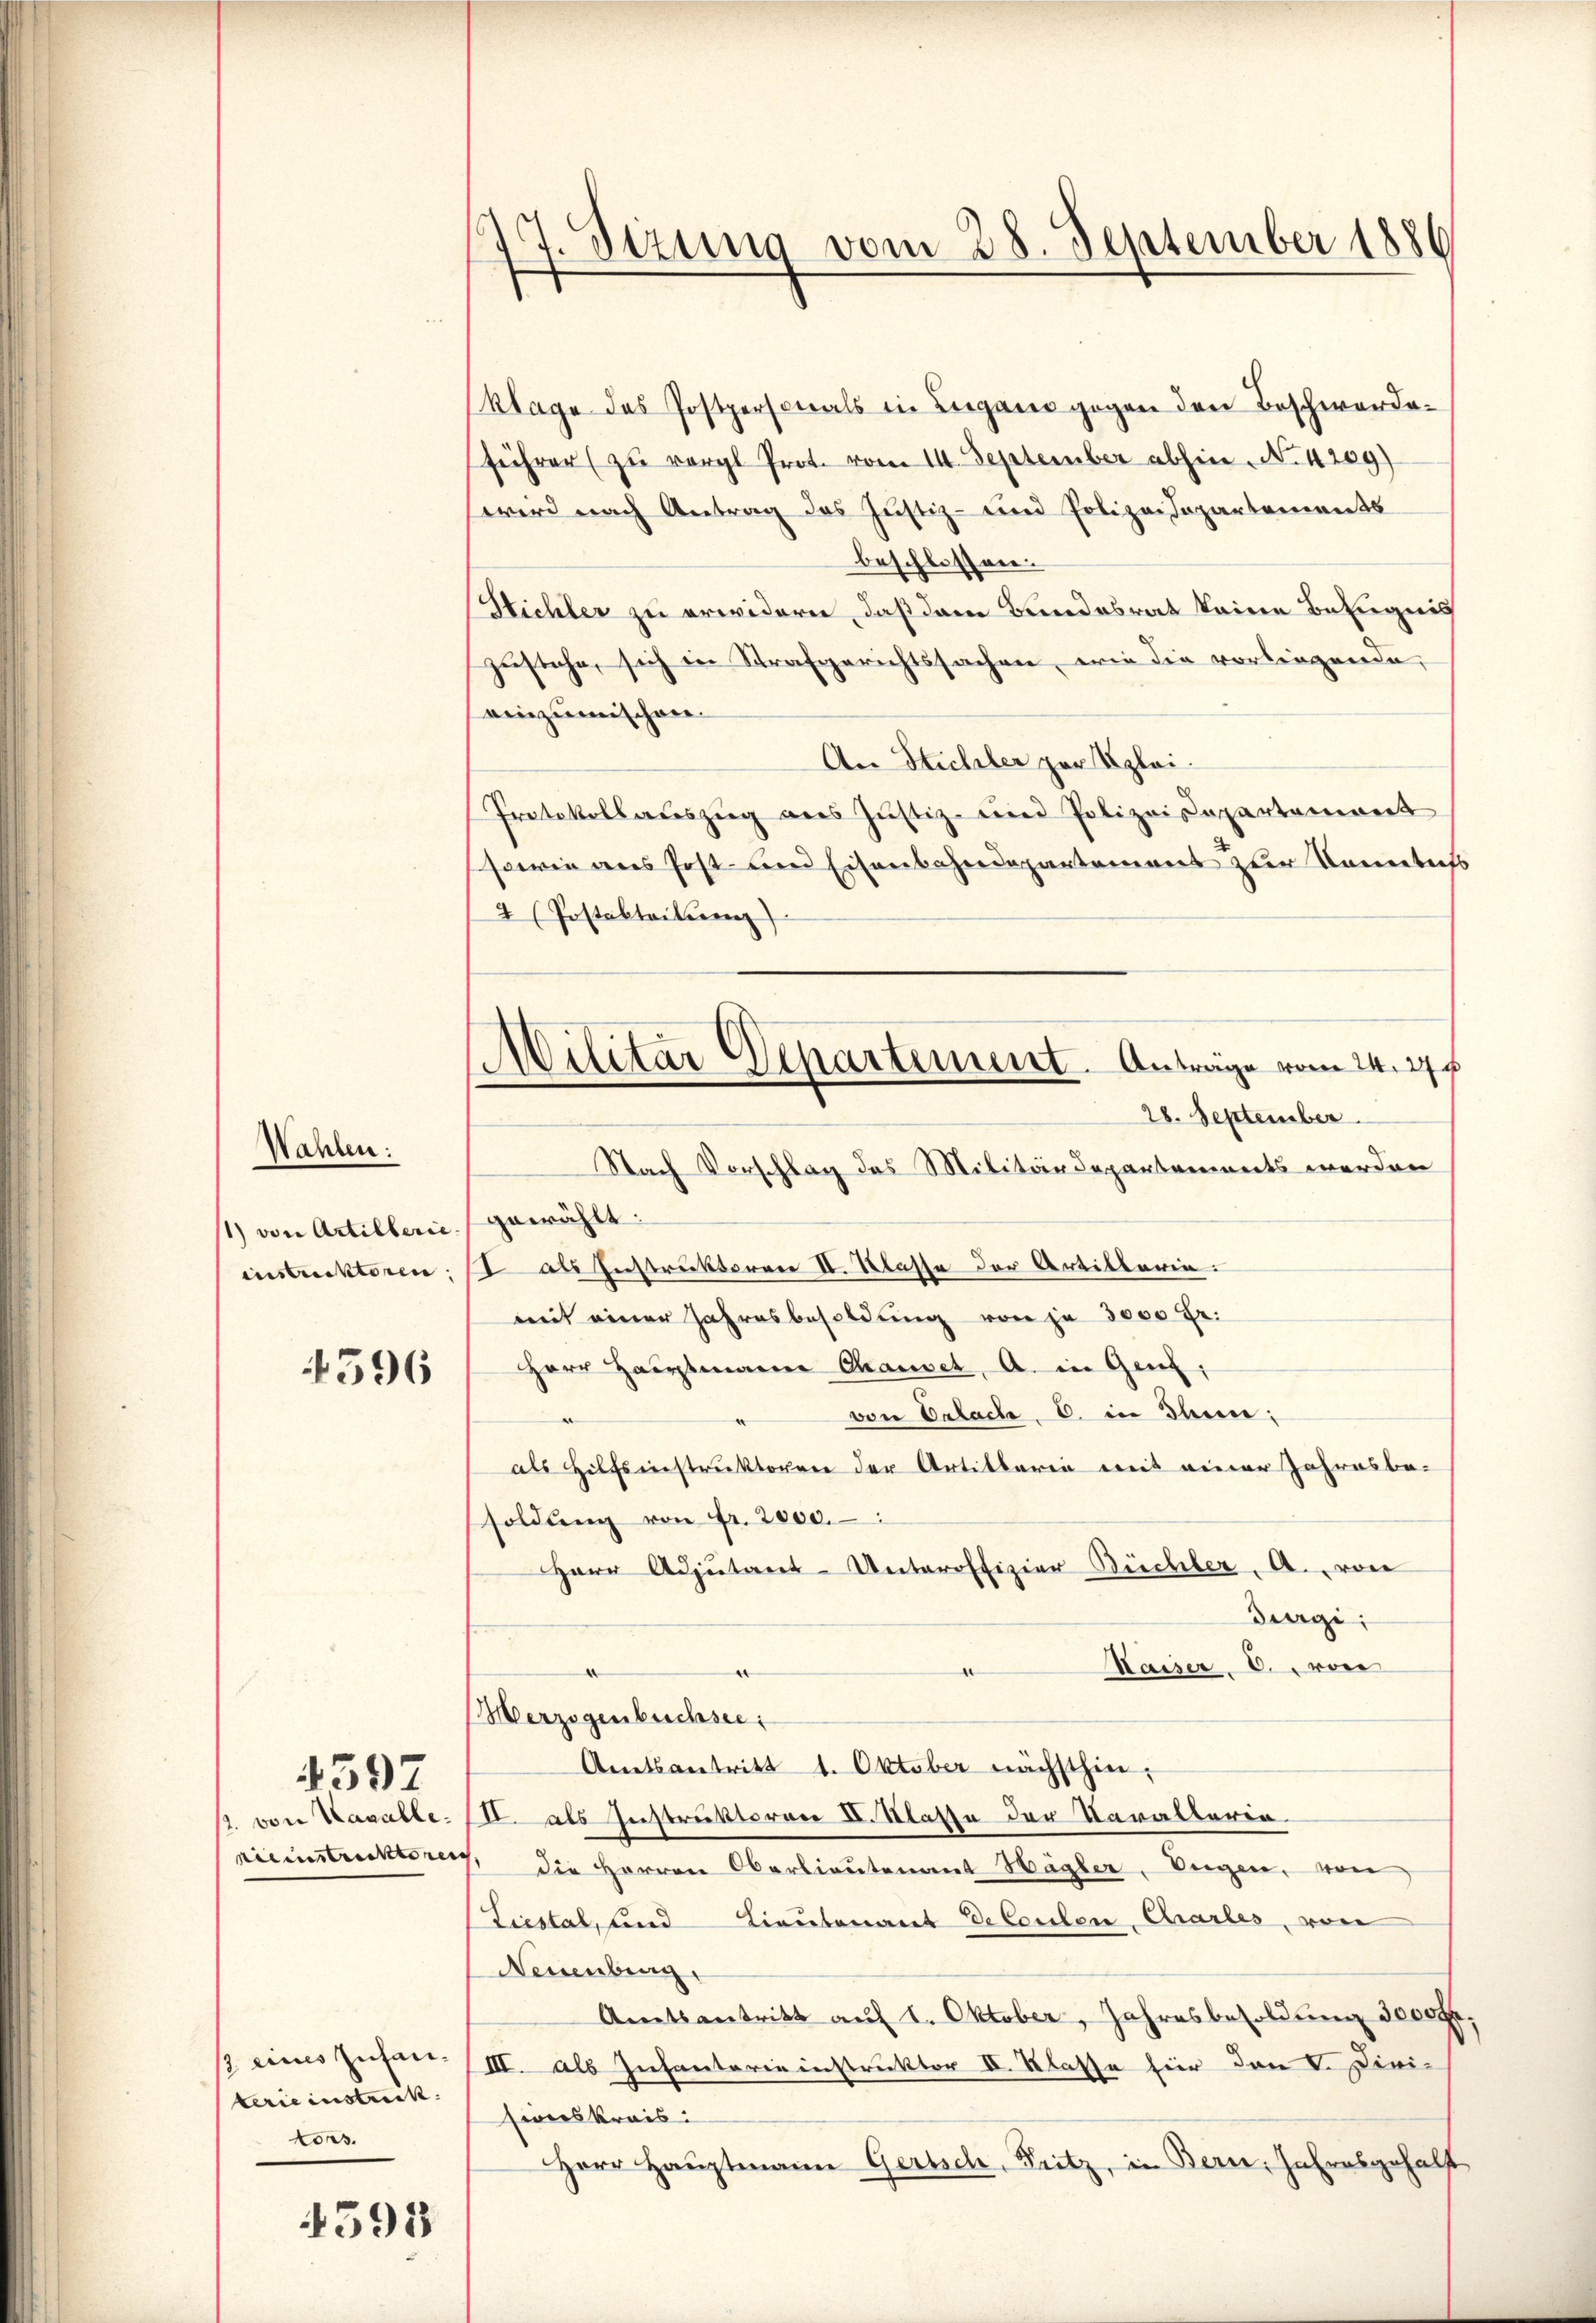
Wahlen:
1) von Artillerie

4596

nieinstreckteren

4597

/ eines zufanterie instrick |
Cors.

4591

77. Sizung vom 28. September 1886

Militar Departement. Anträge vom 24. 27 f.

Klage des Postpersonals in Lugano gegen den Beschwerdeführer zŭ vergl. Prot. vom II. September abhin N. 4209)
wird nach Antrag des Justiz- und Polizei Japartements
beschlossen.
Hichler zu erwidern, daß dem Bundesrat keine Befugnis
zustehe, sich in Strafgerichtssachen, wie die vorliegende,
einzumischen.
An Stichler zur Klei¬
Protokollauszug aus Justiz- und Polizeisepartemont
sowie aus Post- und Eisenbahndepartement zur Sonntags
2 (Postabteilun
28. September
Nach Vorschlag des Militärdepartements werden
gewählt:
instruktoren. ( als Instruktoren II. Klasse der Artillaria.
mit einer Jahresbesoldung von je 3000 Fr.
Herr Hauptmann Chauset, a. in Genf,
von Delach. E. in Ihnen:
als Hilfsinstruktoren der Artikbaren mit einer Jahresbe-
soldŭng von Fr. 2000.
Herr Adjutant-Unteroffizier Büchler. A. von
Diegi;
Kaiser, 6. von
d
e
Herzogenbuchsee
Amtsantritt 1. Oktober nächsthin,
1. von Havalle. III. als Instruktoren II. Klasse der Varallaria
7. die Herren Carlieutenant Hägler, Augen, von
Liestal, und Lieutenant Erbenten Charles, von
Neuenburg
Amtsantritt auf 1. Oktober, Jahresbesoldung 5000fr.
III. als Infanterie instruktor IV. Klasse für den V. Divi-
Eines Kreis:
Herr Hauptmann Gertsch, Fritz, in Bern, Jahresgehälft